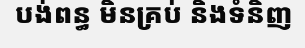
បង់ពន្ធ មិនគ្រប់ និងទំនិញ